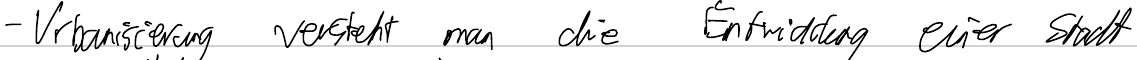
- Urbanisierung versteht man die Entwicklung einer Stadt